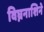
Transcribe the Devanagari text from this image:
विघ्ननाशिने